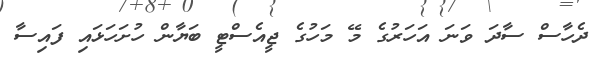
ދެހާސް ސާދަ ވަނަ އަހަރުގެ މޭ މަހުގެ ޖީއެސްޓީ ބަޔާން ހުށަހަޅައި ފައިސާ